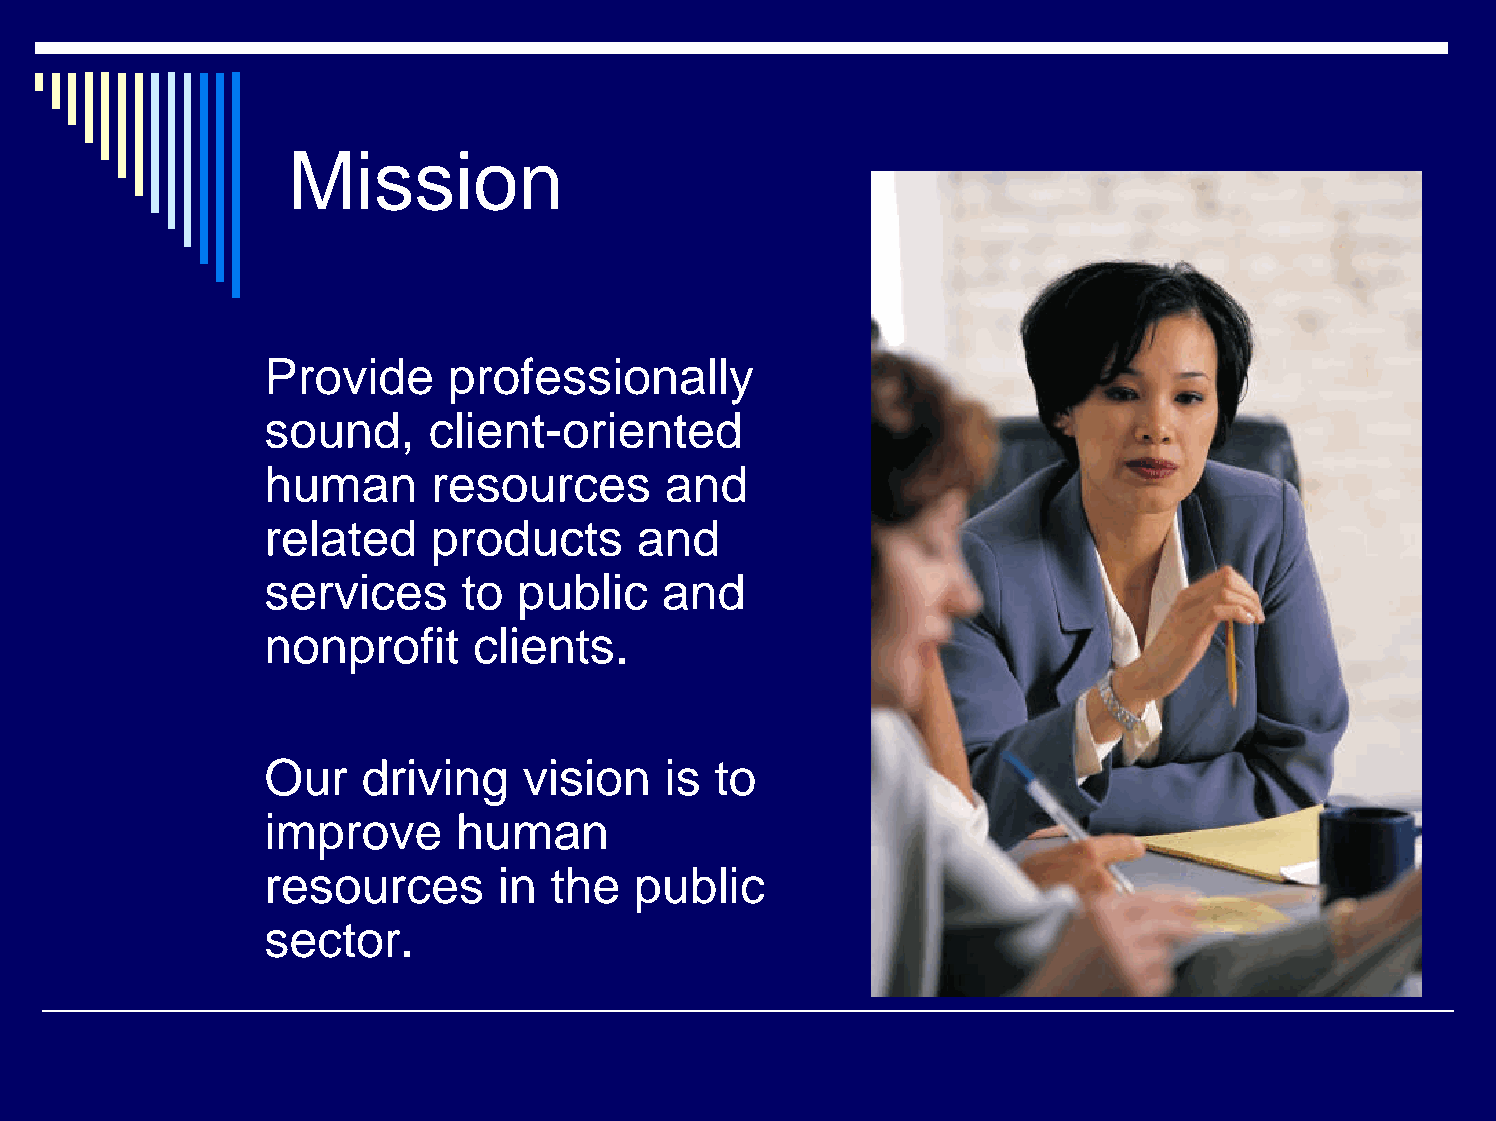
Mission
 Provide     professionally
 sound,    client-oriented
 human      resources      and
 related    products     and
 services     to public    and
 nonprofit    clients.
 Our   driving    vision   is to
 improve     human
 resources      in  the  public
 sector.